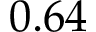
0 . 6 4